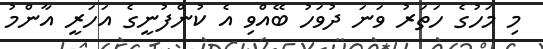
މި މަހުގެ ހަތަރު ވަނަ ދުވަހު ބޭއްވި އެ ކުންފުނީގެ އަހަރީ އާންމު